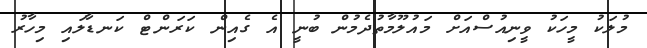
މުލަކު މީހަކު ވީނިއުސްއަށް މައުލޫމާތުދެމުން ބުނީ އެ ގެއިން ކަރަންޓް ކަނޑާލައި މިހާރު